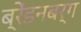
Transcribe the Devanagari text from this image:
ब्रेंडनबर्ग